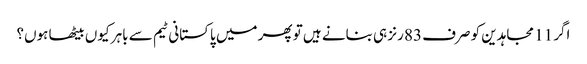
اگر 11 مجاہدین کو صرف 83 رنز ہی بنانے ہیں تو پھر میں پاکستانی ٹیم سے باہر کیوں بیٹھا ہوں؟